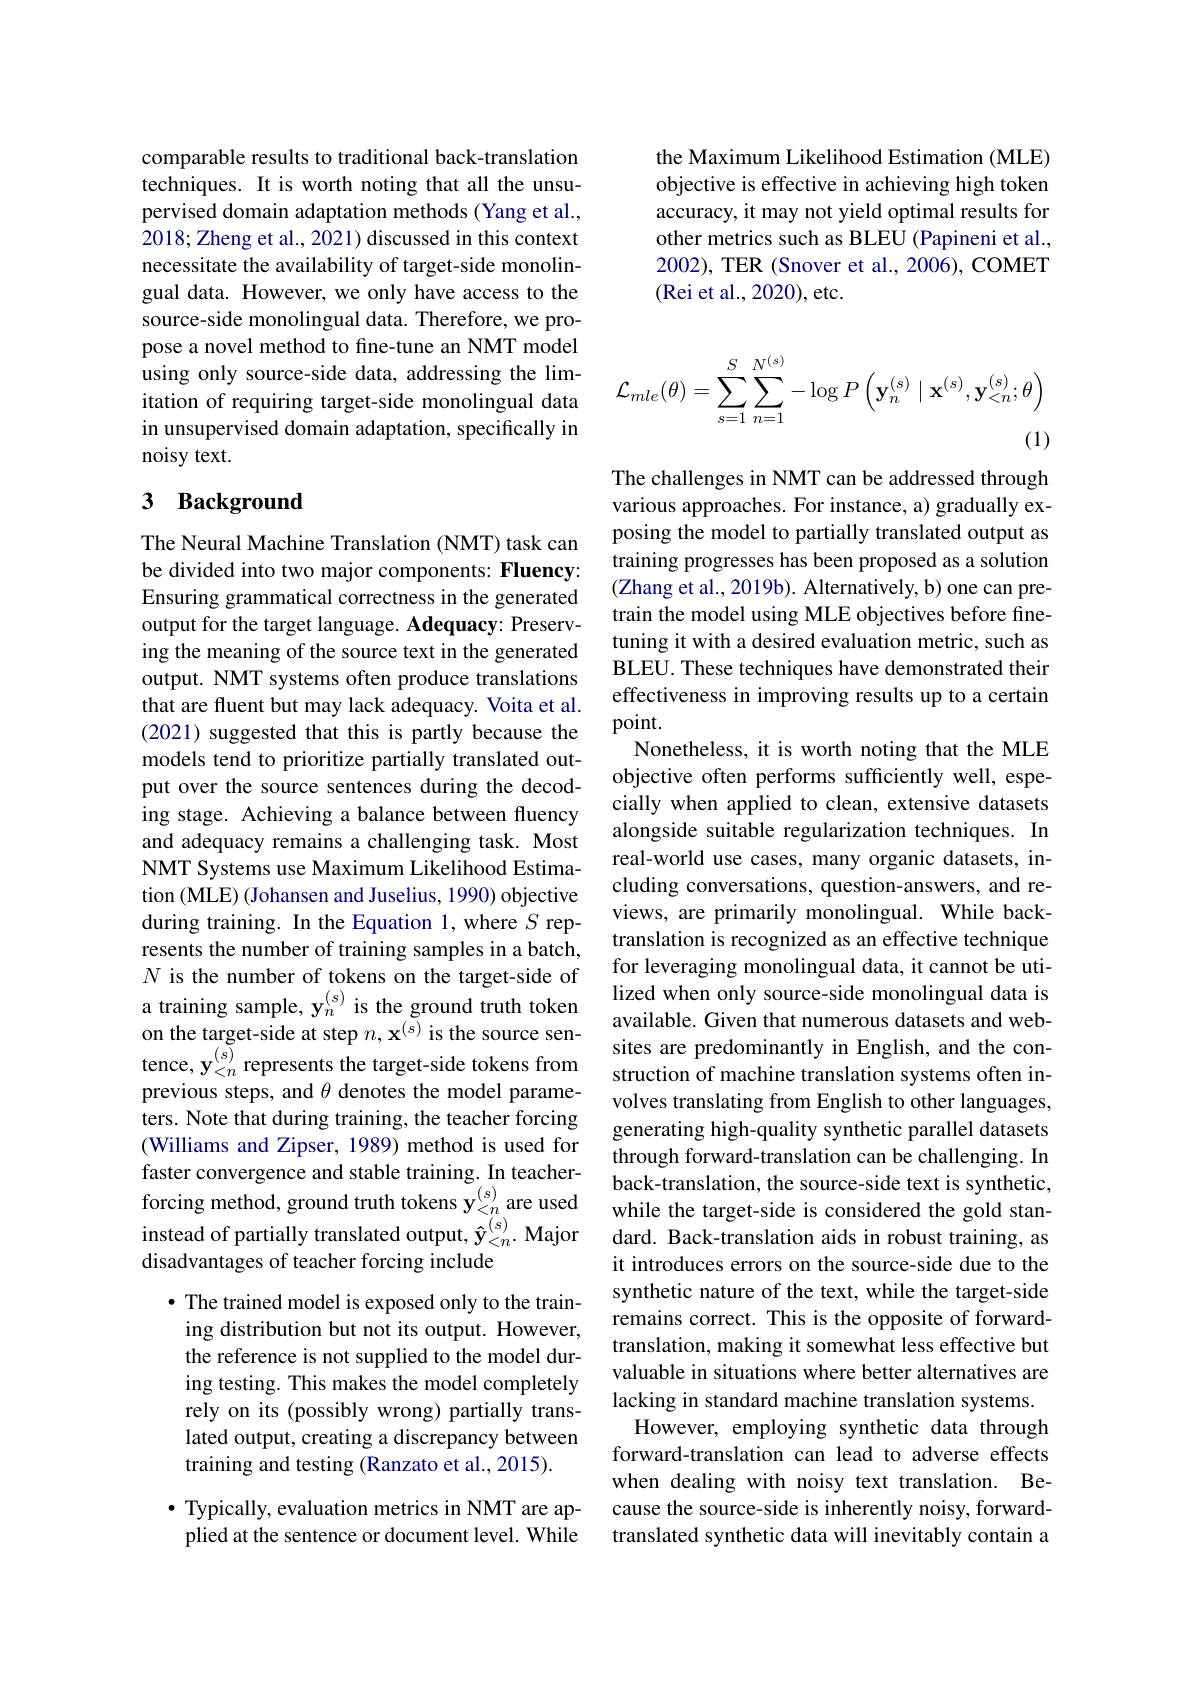
comparable results to tradit techniques. It is worth noting that all the unsupervised domain adaptation m 2018;Zheng et al., 2021) discussed in this context necessitate the availability of target-side monolingual data. However, we only have access to the source-side monolingual data. Therefore, we propose a novel method to fine-tune an NMT model using only source-side data, addressing the limitation of requiring target-side monolingual data in unsupervised domain adaptation, specifically in noisy text.

## 3 Background

The Neural Machine Translation (NMT) task can be divided into two major components: Fluency: Ensuring grammatical correct output for the target language. Adequacy: Preserving the meaning of the source text in the generated output. NMT systems often produce translations that are fluent but may lack adequacy. Voita et al. (2021) suggested that this is partly because the models tend to prioritize partially translated output over the source sentences during the decoding stage. Achieving a balance between fluency and adequacy remains a challenging task. Most NMT Systems use Maximum Likelihood Estimation (MLE) (Johansen and Juselius, 1990) objective during training. In the Equation 1,where $S$ represents the number of training samples in a batch, $N$ is the number of tokens on the target-side of a training sample, y$_{n}^{(}$
on the target-side at step $n,\mathbf{x^{(s)}}$ is the source sentence, y$_<n^{(s)}$ represen previous steps, and $\theta$ denotes the model parameters. Note that during training, the teacher forcing (Williams and Zipser, 1989) method is used for faster convergence and stable training. In teacherforcing method, ground truth tokens y$_{<n}^{(s)}$ are used instead of partially translated output, $\mathbf{\hat{y}}_{<n}^{(s)}.$ Major disadvantages of teacher forcing include
$\bullet$ The trained model is exposed only to the train-

ing distribution but not its output. However, the reference is not supplied to the model during testing. This makes the rely on its (possibly wrong) lated output, creating a discrepancy between training and testing (Ranzato et al., 2015).

$\bullet$ Typically, evaluation metrics in NMT are ap-
plied at the sentence or document level. While

the Maximum Likelihood Estimation (MLE) objective is effective in achieving high token accuracy, it may not yield optimal results for other metrics such as BLEU (Papineni et al., 2002), TER (Snover et al., 2 (Rei et al., 2020), etc.
$$\mathcal{L}_{mle}(\theta)=\sum_{s=1}^{S}\sum_{n=1}^{N^{(s)}}-\log P\left(\mathbf{y}_{n}^{(s)}\mid\mathbf{x}^{(s)},\mathbf{y}_{<n}^{(s)};\theta\right)$$
The challenges in NMT can be various approaches. For inst posing the model to partially translated output as training progresses has been proposed as a solution (Zhang et al., 2019b). Alternatively, b) one can pretrain the model using MLE objectives before finetuning it with a desired evaluation metric, such as BLEU. These techniques have demonstrated their effectiveness in improving results up to a certain point.
Nonetheless, it is worth noting that the MLE objective often performs sufficiently well, especially when applied to clean alongside suitable regulariz real-world use cases, many organic datasets, including conversations, question-answers, and reviews, are primarily monolin translation is recognized as an effective technique for leveraging monolingual data, it cannot be utiavailable. Given that numerous datasets and websites are predominantly in English, and the construction of machine translation systems often involves translating from English to other languages, generating high-quality synthetic parallel datasets through forward-translation back-translation, the source-side text is synthetic, while the target-side is considered the gold standard. Back-translation aids in robust training, as it introduces errors on the synthetic nature of the text, while the target-side remains correct. This is the opposite of forwardtranslation, making it somewhat less effective but valuable in situations where better alternatives are lacking in standard machine translation systems. However, employing synthetic data through forward-translation can lead to adverse effects when dealing with noisy text translation. Because the source-side is inh translated synthetic data will inevitably contain a